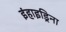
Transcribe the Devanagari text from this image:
इंहाइड्रिना